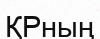
ҚРның